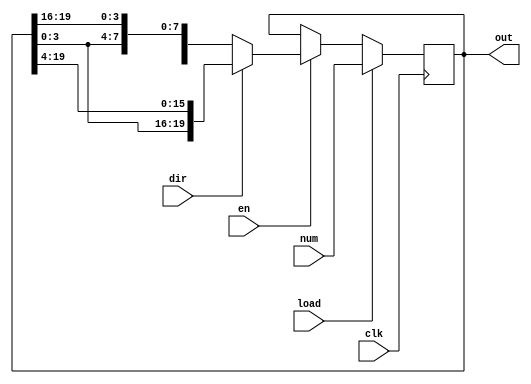
module ShiftRegisterBidirectional #(
    parameter width = 20,
    shbits = 4
) (
    input clk,
    input [width-1:0] num,
    input load,
    input en,
    input dir,
    output reg [width-1:0] out
);
  always @(posedge clk) begin
    if (load) begin
      // Load the new value into the register
      out <= num;
    end else if (en) begin
      if (dir == 1'b0) begin
        // Shift left by 4 bits with wrap-around
        out <= {out[width-shbits-1:0], out[width-1:width-shbits]};
      end else begin
        // Shift right by 4 bits with wrap-around
        out <= {out[shbits-1:0], out[width-1:shbits]};
      end
    end
  end
endmodule  // end ShiftRegisterBidirectional